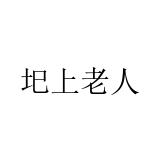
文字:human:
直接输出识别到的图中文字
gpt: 圯上老人